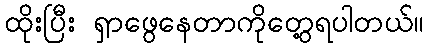
ထိုးပြီး ရှာဖွေနေတာကိုတွေ့ရပါတယ်။